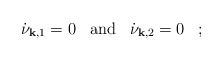
\begin{align*}\dot\nu_{{\bf k},1}=0\;\;\;{\rm and}\;\;\;\dot\nu_{{\bf k},2}=0\;\;\;;\end{align*}